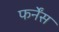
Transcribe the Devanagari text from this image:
फर्नेंस